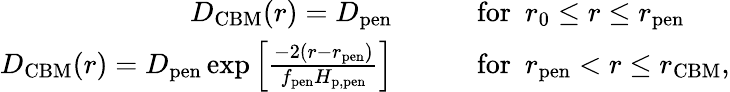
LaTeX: \begin{array}{rl}{D_{\mathrm{CBM}}(r)=D_{\mathrm{pen}}\qquad}&{\mathrm{for}\ \ r_{0}\leq r\leq r_{\mathrm{pen}}}\\ {D_{\mathrm{CBM}}(r)=D_{\mathrm{pen}}\exp\left[\frac{-2(r-r_{\mathrm{pen}})}{f_{\mathrm{pen}}H_{\mathrm{p,pen}}}\right]\qquad}&{\mathrm{for}\ \ r_{\mathrm{pen}}<r\leq r_{\mathrm{CBM}},}\end{array}